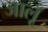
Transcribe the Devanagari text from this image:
जालूँ